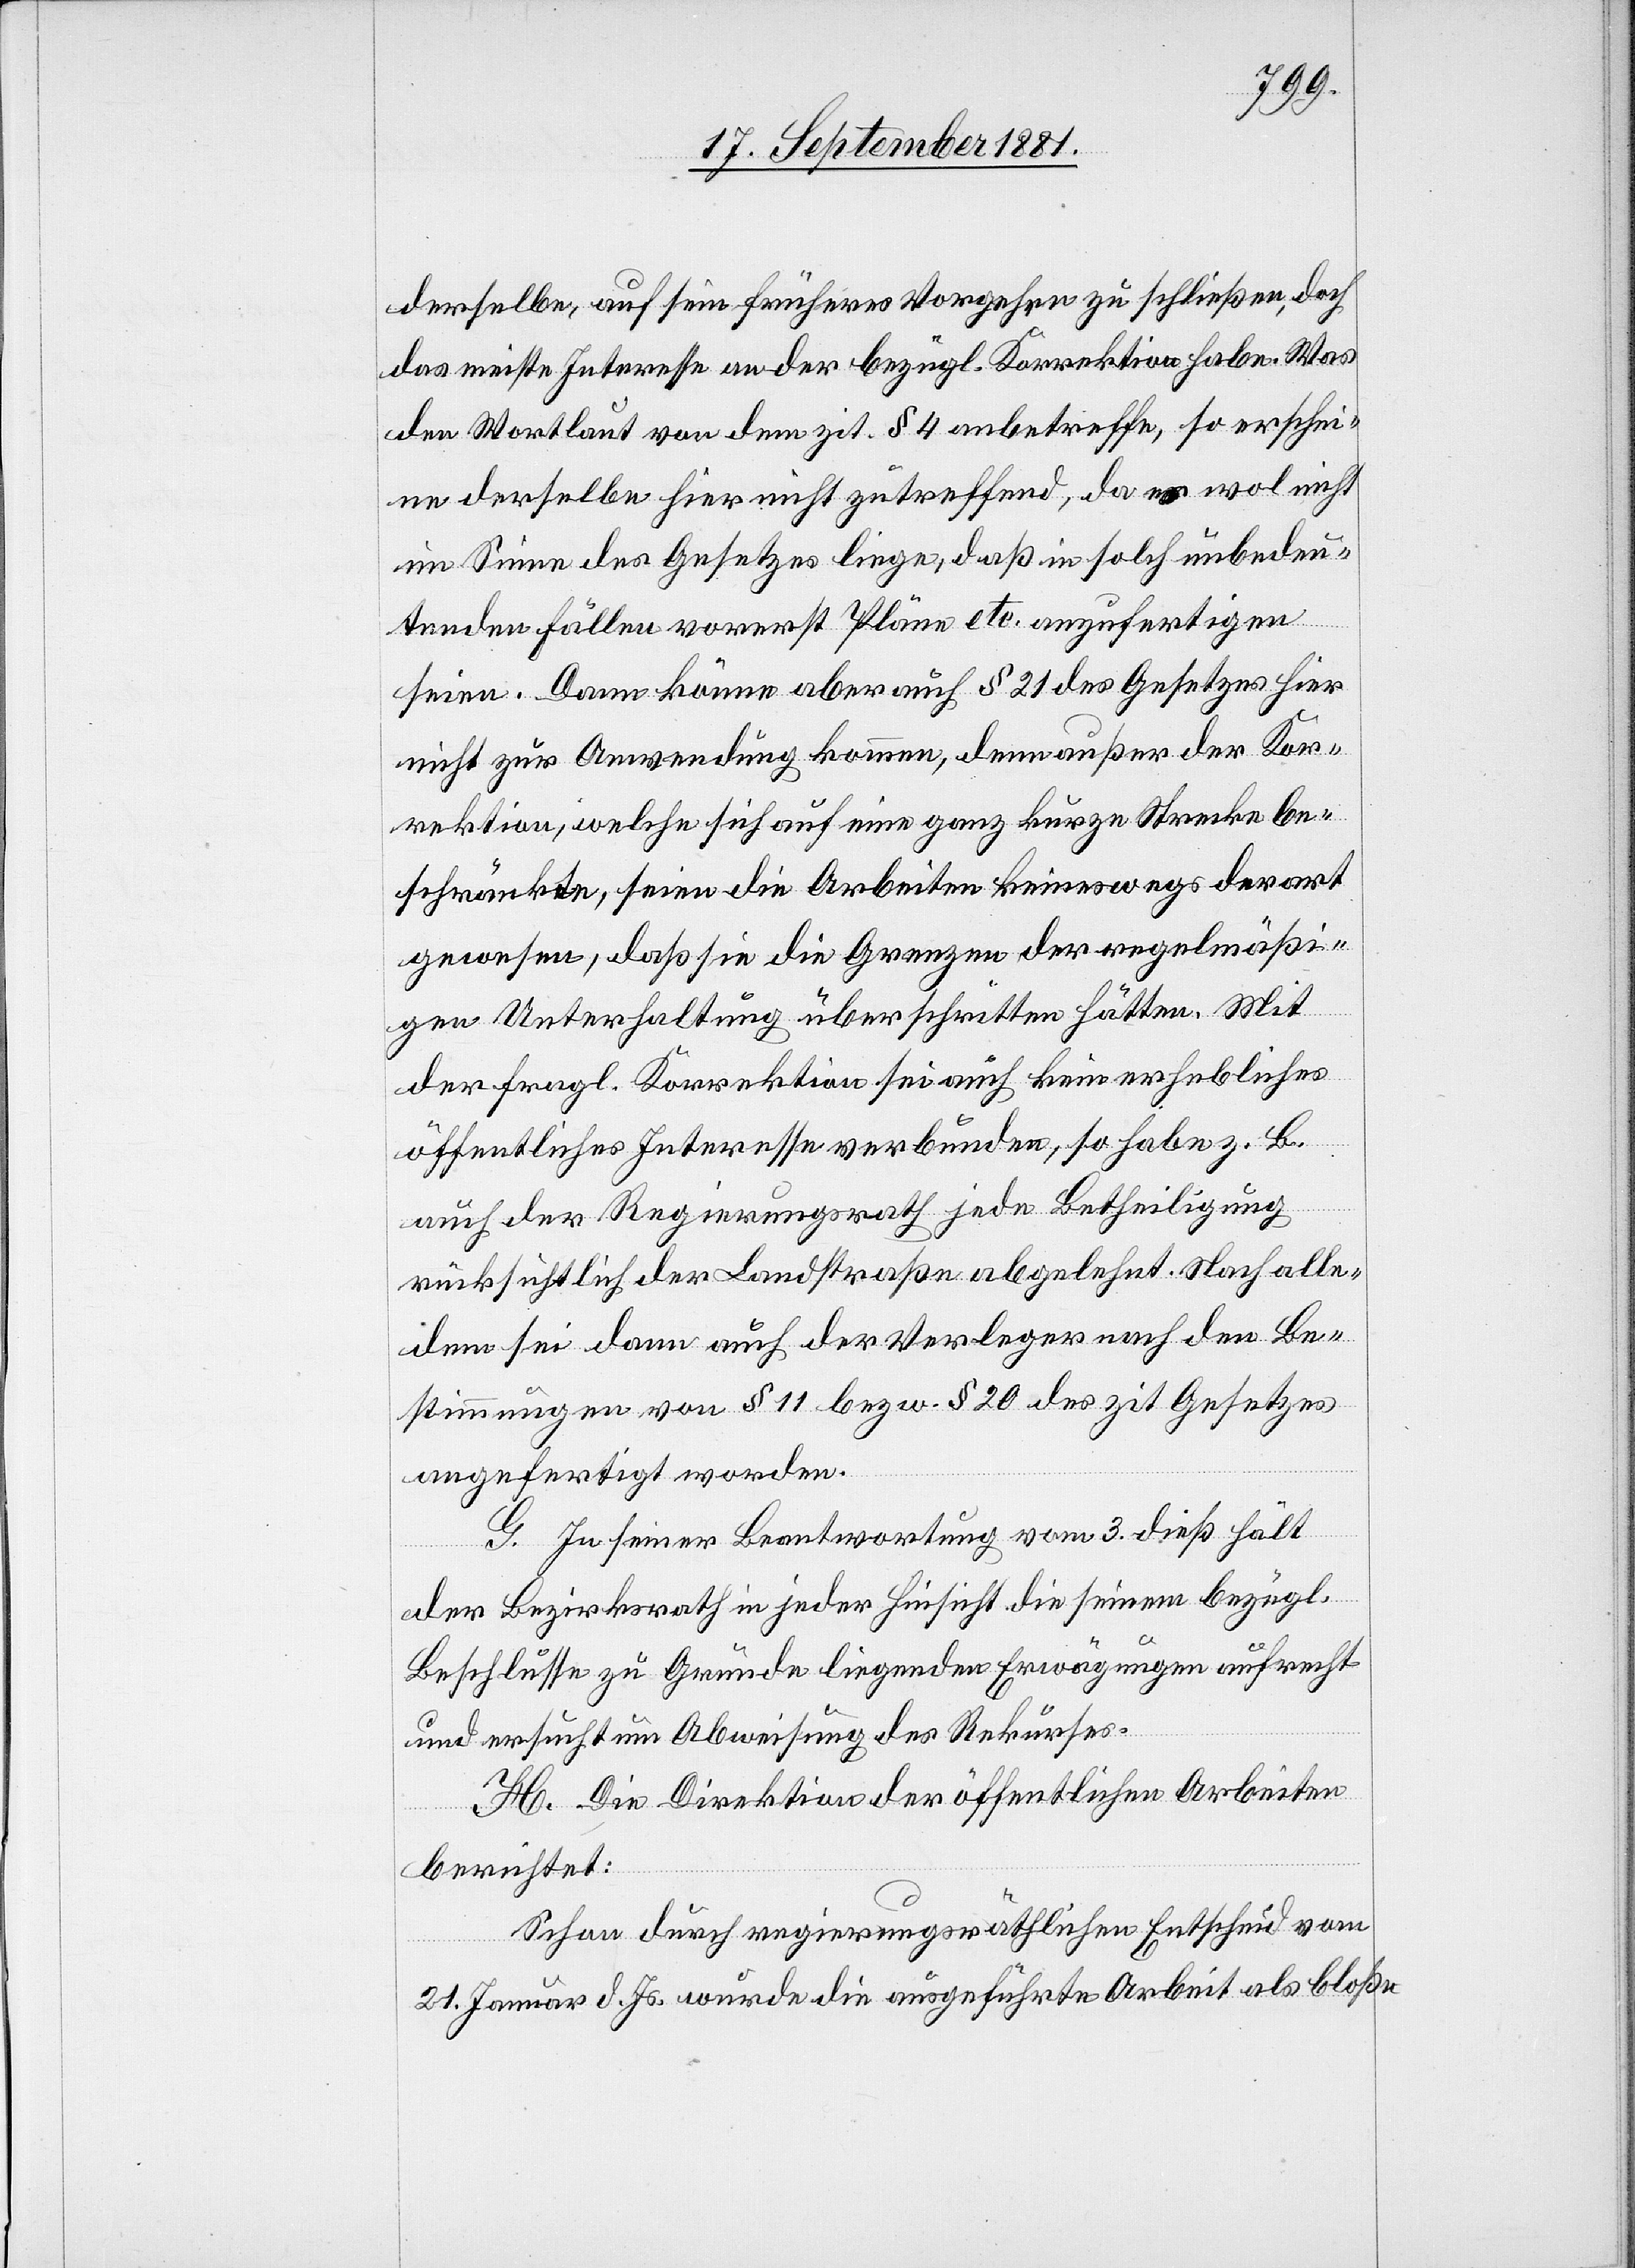
derselbe, auf sein früheres Vorgehen zu schließen, doch
das meiste Interesse an der bezügl. Korrektion habe. Was
den Wortlaut von dem zit. § 4 anbetreffe, so erschei¬
ne derselbe hier nicht zutreffend, da es wol nicht
im Sinne des Gesetzes liege, daß in solch unbedeu¬
tenden Fällen vorerst Pläne etc. anzufertigen
seien. Dann könne aber auch § 21 des Gesetzes hier
nicht zur Anwendung kommen, denn außer der Kor¬
rektion, welche sich auf eine ganz kurze Strecke be¬
schränkte, seien die Arbeiten keineswegs derart
gewesen, daß sie die Grenzen der regelmäßi¬
gen Unterhaltung überschritten hätten. Mit
der fragl. Korrektion sei auch kein erhebliches
öffentliches Interesse verbunden, so habe z. B.
auch der Regierungsrath jede Betheiligung
rücksichtlich der Landstraße abgelehnt. Nach alle¬
dem sei dann auch der Verleger nach den Be¬
stimmungen von § 11 bezw. § 20 des zit. Gesetzes
angefertigt worden.
G. In seiner Beantwortung vom 3. dieß hält
der Bezirksrath in jeder Hinsicht die seinem bezügl.
Beschlüsse zu Grunde liegenden Erwägungen aufrecht
und ersucht um Abweisung des Rekurses.
H. Die Direktion der öffentlichen Arbeiten
berichtet:
Schon durch regierungsräthlichen Entscheid vom
21. Januar d. Js. wurde die ausgeführte Arbeit als bloße